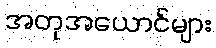
အတုအယောင်များ